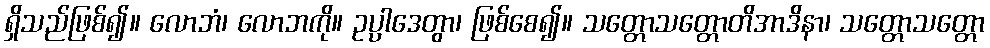
ရှိသည်ဖြစ်၍။ လောဘံ၊ လောဘကို။ ဥပ္ပါဒေတွာ၊ ဖြစ်စေ၍။ သတ္တောသတ္တောတိအာဒိနာ၊ သတ္တောသတ္တော